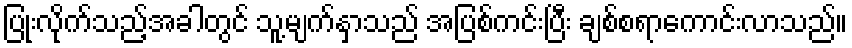
ပြုံးလိုက်သည့်အခါတွင် သူ့မျက်နှာသည် အပြစ်ကင်းပြီး ချစ်စရာကောင်းလာသည်။